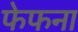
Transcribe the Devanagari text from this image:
फेफना